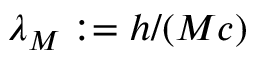
\lambda _ { M } : = h / ( M c )